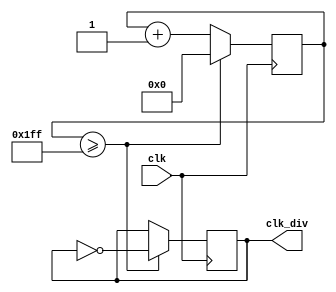
`timescale 1ns / 1ps
//////////////////////////////////////////////////////////////////////////////////
// Company: 
// Engineer: 
// 
// Design Name: 
// Module Name: clk_divider
// Project Name: 
// Target Devices: 
// Tool Versions: 
// Description: 
// 
// Dependencies: 
// 
// Revision:
// Revision 0.01 - File Created
// Additional Comments:
// 
//////////////////////////////////////////////////////////////////////////////////


module clk_div(
input clk,
output reg clk_div
);
initial 
begin
clk_div = 0;
end 
reg[15:0] clk_counter; 
always@ (posedge clk)
begin
    if (clk_counter >= (2**10 - 1) >> 1) 
    begin
        clk_counter <= 0;
        clk_div <= ~clk_div;
    end
    else
    begin
        clk_counter <= clk_counter + 1;
    end
end
endmodule